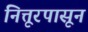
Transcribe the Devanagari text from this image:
नित्तूरपासून